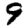
Digit: 9